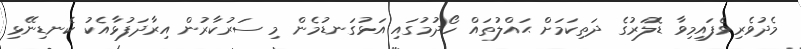
މެދުވެރިވެފައިމިވާ ޑޮލަރުގެ ދަތިކަމަށް ޙައްލުތައް ހޯދުމުގައި އަޅުގަނޑުމެން މި ސަރުކާރުން އިރާދަފުޅާއެކު ކެނޑިނޭޅި